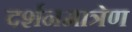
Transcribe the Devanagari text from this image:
दर्शनमात्रेण